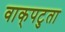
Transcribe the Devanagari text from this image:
वाक्‌पटुता